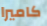
كاميرا